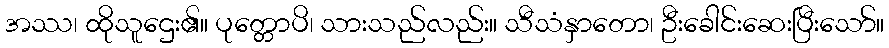
အဿ၊ ထိုသူဌေး၏။ ပုတ္တောပိ၊ သားသည်လည်း။ သီသံနှာတော၊ ဦးခေါင်းဆေးပြီးသော်။